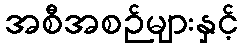
အစီအစဉ်များနှင့်